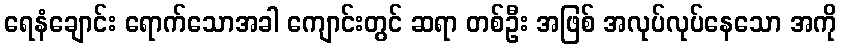
ရေနံချောင်း ရောက်သောအခါ ကျောင်းတွင် ဆရာ တစ်ဦး အဖြစ် အလုပ်လုပ်နေသော အကို